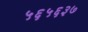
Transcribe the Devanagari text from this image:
५६५६३७